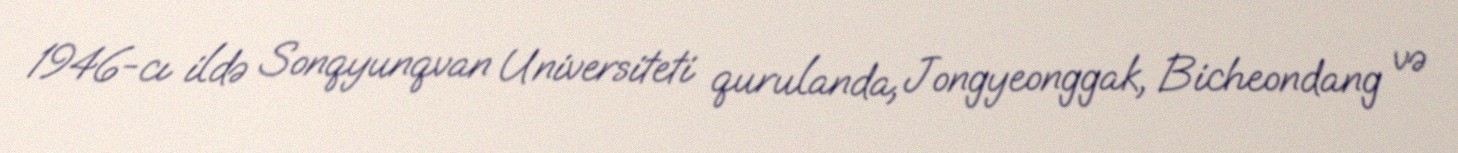
1946-cı ildə Sonqyunqvan Universiteti qurulanda, Jongyeonggak, Bicheondang və